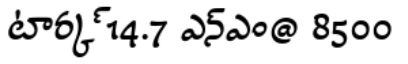
టార్క్ 14.7 ఎన్ఎం@ 8500